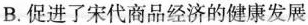
B.促进了宋代商品经济的健康发展